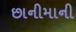
છાનીમાની